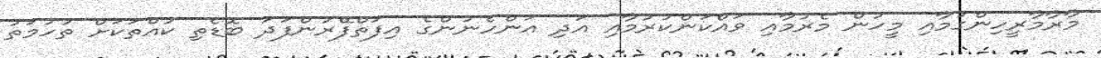
މާރާމާރީހިންގުމާއި މީހުން މެރުމާއި ވައްކަންކުރުމާއި އަދި އަންހެނުންގެ އިފަތްފޭރުންފަދަ ބޮޑެތި ކުއްތަކަށް ތުހުމަތު